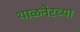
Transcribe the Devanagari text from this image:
थाळनेरच्या